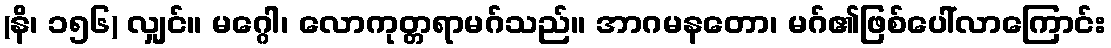
(နိ၊ ၁၅၆) လျှင်။ မဂ္ဂေါ၊ လောကုတ္တရာမဂ်သည်။ အာဂမနတော၊ မဂ်၏ဖြစ်ပေါ်လာကြောင်း